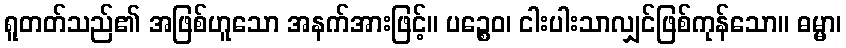
ရူတတ်သည်၏ အဖြစ်ဟူသော အနက်အားဖြင့်။ ပဉ္စေဝ၊ ငါးပါးသာလျှင်ဖြစ်ကုန်သော။ ဓမ္မာ၊